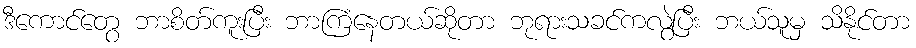
ဒီကောင်တွေ ဘာစိတ်ကူးပြီး ဘာကြံနေတယ်ဆိုတာ ဘုရားသခင်ကလွဲပြီး ဘယ်သူမှ သိနိုင်တာ